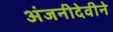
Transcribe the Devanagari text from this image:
अंजनीदेवीने